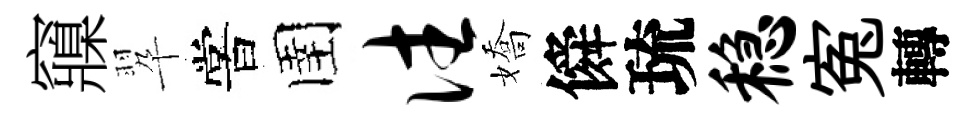
䆿翆嘗圉往嬌僢琉稳寃轉